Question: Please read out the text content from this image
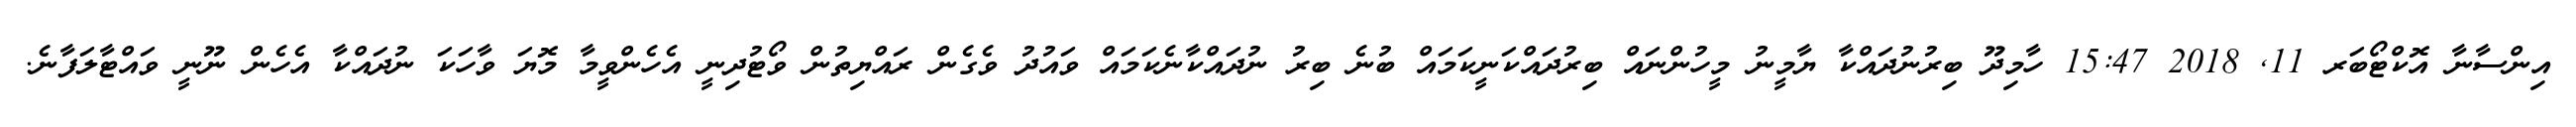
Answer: އިންސާނާ އޮކްޓޯބަރ 11, 2018 15:47 ހާމިދޫ ބިރުނުދައްކާ ޔާމީނު މީހުންނައް ބިރުދައްކަނީކަމައް ބުނެ ބިރު ނުދައްކާނެކަމައް ވައުދު ވެގެން ރައްޔިތުން ވޯޓުދިނީ އެހެންވީމާ މޮޔަ ވާހަކަ ނުދައްކާ އެހެން ނޫނީ ވައްޓާލަފާނެ.